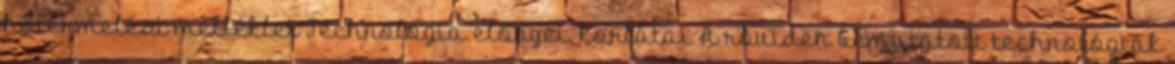
hőtermelést melléklet Technológia előnyei, korlátai A röviden bemutatott technológiák